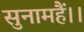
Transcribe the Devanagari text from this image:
सुनामहैं।।